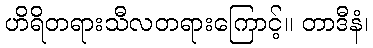
ဟိရိတရားသီလတရားကြောင့်။ တာဒီနံ၊